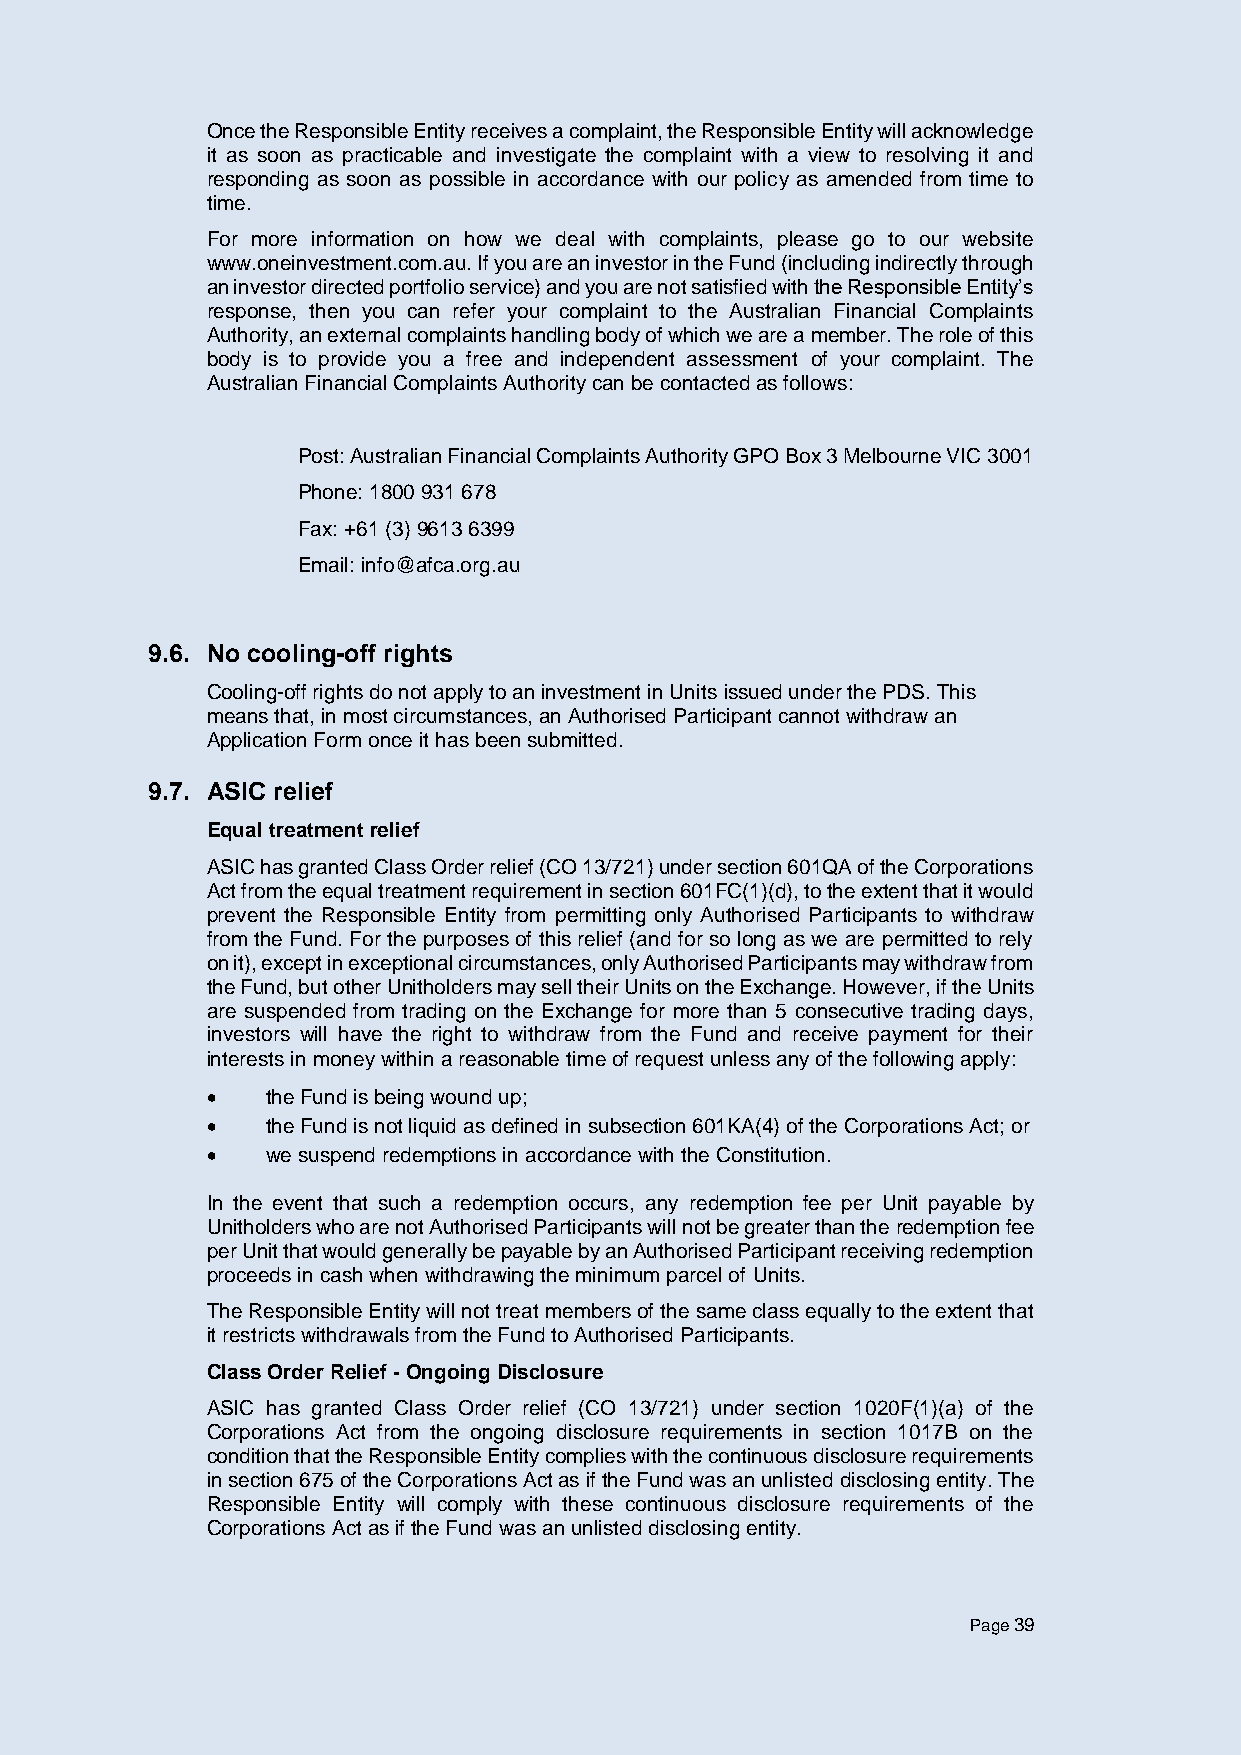
Once the Responsible Entity receives a complaint, the Responsible Entity will acknowledge
 it as soon as practicable and investigate the complaint with a view to resolving it and
 responding as soon as possible in accordance with our policy as amended from time to
 time.
 For more information on how we deal with complaints, please go to our website
 www.oneinvestment.com.au. If you are an investor in the Fund (including indirectly through
 an investor directed portfolio service) and you are not satisfied with the Responsible Entity’s
 response, then you can refer your complaint to the Australian Financial Complaints
 Authority, an external complaints handling body of which we are a member. The role of this
 body is to provide you a free and independent assessment of your complaint. The
 Australian Financial Complaints Authority can be contacted as follows:
 Post: Australian Financial Complaints Authority GPO Box 3 Melbourne VIC 3001
 Phone: 1800 931 678
 Fax: +61 (3) 9613 6399
 Email: info@afca.org.au
 9.6. No cooling-off rights
 Cooling-off rights do not apply to an investment in Units issued under the PDS. This
 means that, in most circumstances, an Authorised Participant cannot withdraw an
 Application Form once it has been submitted.
 9.7. ASIC relief
 Equal treatment relief
 ASIC has granted Class Order relief (CO 13/721) under section 601QA of the Corporations
 Act from the equal treatment requirement in section 601FC(1)(d), to the extent that it would
 prevent the Responsible Entity from permitting only Authorised Participants to withdraw
 from the Fund. For the purposes of this relief (and for so long as we are permitted to rely
 on it), except in exceptional circumstances, only Authorised Participants may withdraw from
 the Fund, but other Unitholders may sell their Units on the Exchange. However, if the Units
 are suspended from trading on the Exchange for more than 5 consecutive trading days,
 investors will have the right to withdraw from the Fund and receive payment for their
 interests in money within a reasonable time of request unless any of the following apply:
 •   the Fund is being wound up;
 •   the Fund is not liquid as defined in subsection 601KA(4) of the Corporations Act; or
 •   we suspend redemptions in accordance with the Constitution.
 In the event that such a redemption occurs, any redemption fee per Unit payable by
 Unitholders who are not Authorised Participants will not be greater than the redemption fee
 per Unit that would generally be payable by an Authorised Participant receiving redemption
 proceeds in cash when withdrawing the minimum parcel of Units.
 The Responsible Entity will not treat members of the same class equally to the extent that
 it restricts withdrawals from the Fund to Authorised Participants.
 Class Order Relief - Ongoing Disclosure
 ASIC has granted Class Order relief (CO 13/721) under section 1020F(1)(a) of the
 Corporations Act from the ongoing disclosure requirements in section 1017B on the
 condition that the Responsible Entity complies with the continuous disclosure requirements
 in section 675 of the Corporations Act as if the Fund was an unlisted disclosing entity. The
 Responsible Entity will comply with these continuous disclosure requirements of the
 Corporations Act as if the Fund was an unlisted disclosing entity.
 Page 39